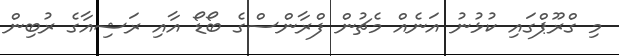
މި ގްރޫޕްގައި ކުޅުނު އަނެއް މެޗުން ފްރާންސްގެ ބޯޑޯ އާއި ރަޝިއާގެ ރުބިން